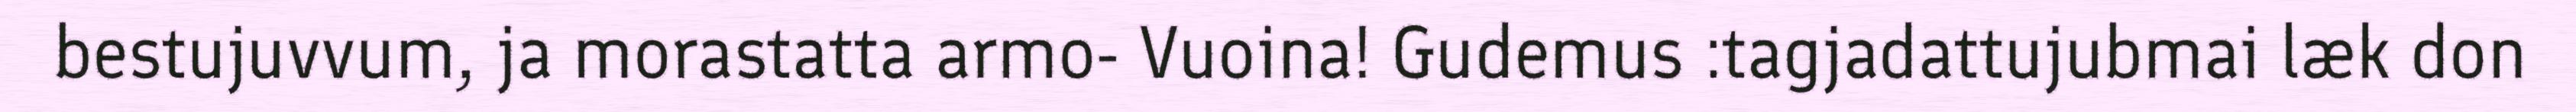
bestujuvvum, ja morastatta armo- Vuoina! Gudemus :tagjadattujubmai læk don